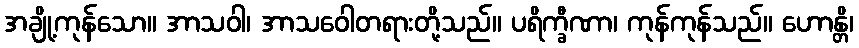
အချို့ကုန်သော။ အာသဝါ၊ အာသဝေါတရားတို့သည်။ ပရိက္ခီဏာ၊ ကုန်ကုန်သည်။ ဟောန္တိ၊